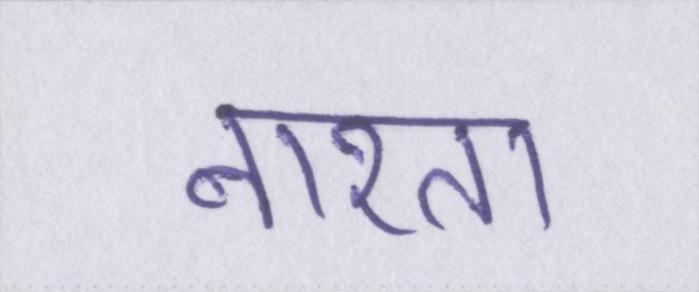
नाश्ता